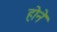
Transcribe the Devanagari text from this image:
हाेने